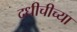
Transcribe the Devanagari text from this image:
दधीचीच्या